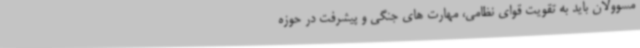
مسوولان باید به تقویت قوای نظامی، مهارت های جنگی و پیشرفت در حوزه